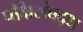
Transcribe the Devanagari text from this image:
पक्षिसंबद्ध